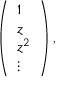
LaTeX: \left( \begin{array} { l } { { 1 } } \\ { { z } } \\ { { z ^ { 2 } } } \\ { { \vdots } } \end{array} \right) ,